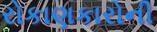
રોકાણકારોની